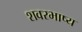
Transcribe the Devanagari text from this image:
शवरभाष्य